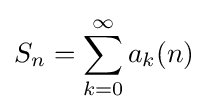
S_{n}=\sum _{k=0}^{\infty }a_{k}(n)